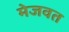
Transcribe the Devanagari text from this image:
मेजवत